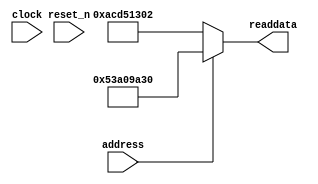
module soc_system_sysid_qsys_1 (
                address,
                clock,
                reset_n,
                readdata
             )
;
  output  [ 31: 0] readdata;
  input            address;
  input            clock;
  input            reset_n;
  wire    [ 31: 0] readdata;
  assign readdata = address ? 1403034160 : 2899645186;
endmodule